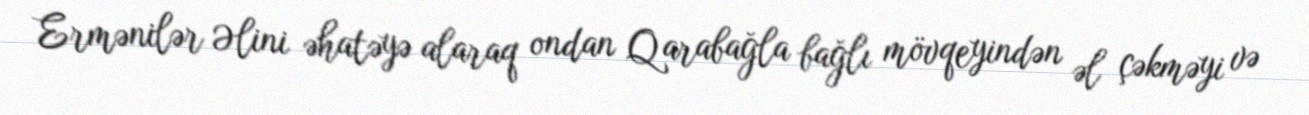
Ermənilər Əlini əhatəyə alaraq ondan Qarabağla bağlı mövqeyindən əl çəkməyi və